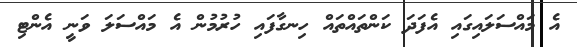
އެ މައްސަލައިގައި އެފަދަ ކަންތައްތައް ހިނގާފައި ހުރުމުން އެ މައްސަލަ ވަނީ އެންޓި